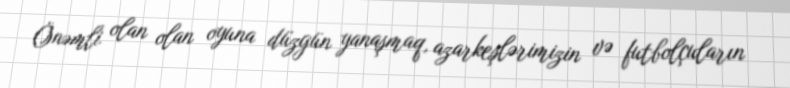
Önəmli olan olan oyuna düzgün yanaşmaq, azarkeşlərimizin və futbolçuların